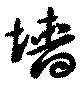
墻